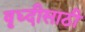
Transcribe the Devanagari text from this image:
वृध्दीसाठी